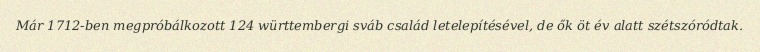
Már 1712-ben megpróbálkozott 124 württembergi sváb család letelepítésével, de ők öt év alatt szétszóródtak.